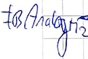
Text: FB Analog M2